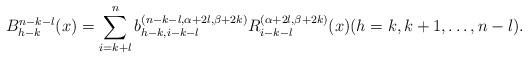
LaTeX: \begin{align*}B_{h-k}^{n-k-l}(x) = \sum_{i=k+l}^{n}b_{h-k,i-k-l}^{(n-k-l,\alpha+2l,\beta+2k)}R_{i-k-l}^{(\alpha+2l,\beta+2k)}(x) (h=k,k+1,\ldots,n-l).\end{align*}